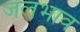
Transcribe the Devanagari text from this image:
जलभाव